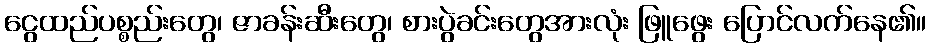
ငွေထည်ပစ္စည်းတွေ၊ ဇာခန်းဆီးတွေ၊ စားပွဲခင်းတွေအားလုံး ဖြူဖွေး ပြောင်လက်နေ၏။